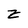
Character: z